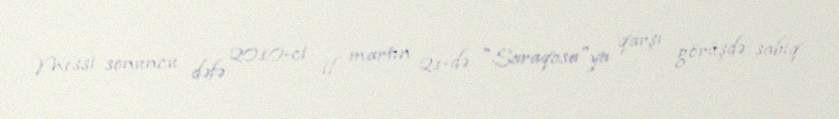
Messi sonuncu dəfə 2010-ci il martın 21-də "Saraqosa"ya qarşı görüşdə sabiq